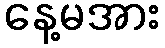
နေ့မအား